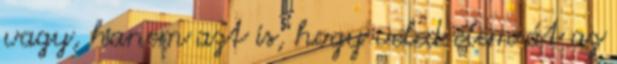
vagy, hanem azt is, hogy veled élem át az